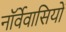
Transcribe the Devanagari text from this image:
नॉर्वेवासियों